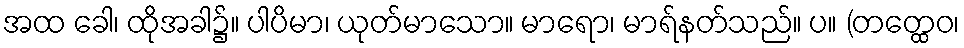
အထ ခေါ၊ ထိုအခါ၌။ ပါပိမာ၊ ယုတ်မာသော။ မာရော၊ မာရ်နတ်သည်။ ပ။ (တတ္ထေဝ၊